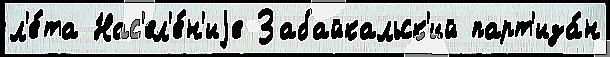
л'е́та Нас'ел'е́н'иjе Забайкальск'ий парт'иза́н